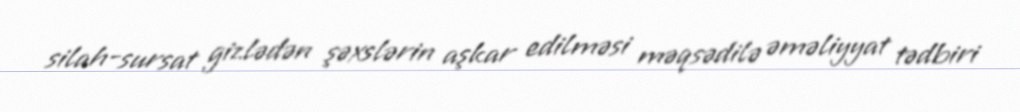
silah-sursat gizlədən şəxslərin aşkar edilməsi məqsədilə əməliyyat tədbiri